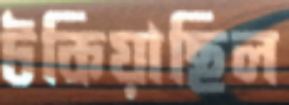
টকিয়াছিল